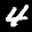
Label: 4